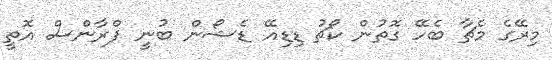
މިރޭގެ މެޗާ ބެހޭ ގޮތުން ކޯޗު ޑިޑިއޭ ޑެޝޯން ބުނީ ފްރާންސް އޮތީ